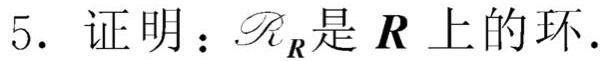
5. 证明：$\mathscr{R}_{\boldsymbol{R}}$是$\boldsymbol{R}$上的环.